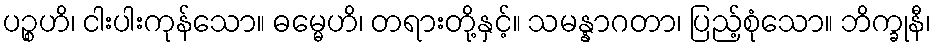
ပဉ္စဟိ၊ ငါးပါးကုန်သော။ ဓမ္မေဟိ၊ တရားတို့နှင့်။ သမန္နာဂတာ၊ ပြည့်စုံသော။ ဘိက္ခုနီ၊